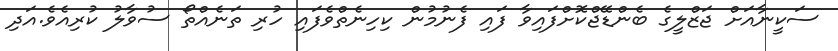
ސަކީނާއަށް ޖަޒްލީގެ ބެންޑޭޖްކޮށްފައިވާ ފައި ފެނުމުން ކިހިނެތްވެފައި ހުރި ތަނެއްތޯ ސުވާލު ކުރިއެވެ.އަދި